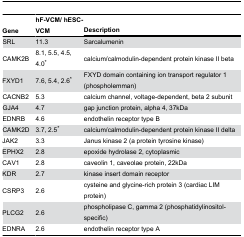
<table><thead><tr><td><b>Gene</b></td><td><b>hF-VCM/ hESC-VCM</b></td><td colspan="2"><b>Description</b></td></tr></thead><tbody><tr><td>SRL</td><td>11.3</td><td>Sarcalumenin</td></tr><tr><td>CAMK2B</td><td>8.1, 5.5, 4.5, 4.0*</td><td>calcium/calmodulin-dependent protein kinase II beta </td></tr><tr><td>FXYD1</td><td>7.6, 5.4, 2.6*</td><td>FXYD domain containing ion transport regulator 1 (phospholemman) </td></tr><tr><td>CACNB2</td><td>5.3</td><td>calcium channel, voltage-dependent, beta 2 subunit </td></tr><tr><td>GJA4</td><td>4.7</td><td>gap junction protein, alpha 4, 37kDa</td></tr><tr><td>EDNRB</td><td>4.6</td><td>endothelin receptor type B</td></tr><tr><td>CAMK2D</td><td>3.7, 2.5*</td><td>calcium/calmodulin-dependent protein kinase II delta</td></tr><tr><td>JAK2</td><td>3.3</td><td>Janus kinase 2 (a protein tyrosine kinase)</td></tr><tr><td>EPHX2</td><td>2.8</td><td>epoxide hydrolase 2, cytoplasmic</td></tr><tr><td>CAV1</td><td>2.8</td><td>caveolin 1, caveolae protein, 22kDa</td></tr><tr><td>KDR</td><td>2.7</td><td>kinase insert domain receptor </td></tr><tr><td>CSRP3</td><td>2.6</td><td>cysteine and glycine-rich protein 3 (cardiac LIM protein)</td></tr><tr><td>PLCG2</td><td>2.6</td><td>phospholipase C, gamma 2 (phosphatidylinositol-specific)</td></tr><tr><td>EDNRA</td><td>2.6</td><td>endothelin receptor type A </td></tr></tbody></table>